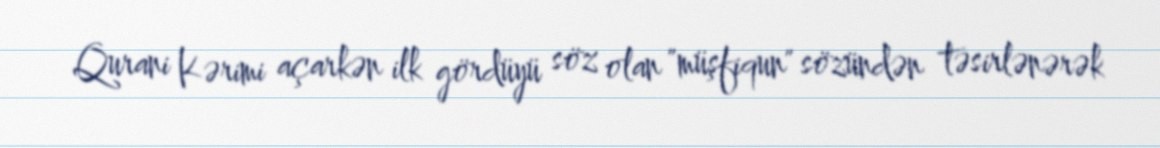
Qurani Kərimi açarkən ilk gördüyü söz olan "müşfiqun" sözündən təsirlənərək